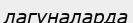
лагуналарда